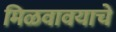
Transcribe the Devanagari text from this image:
मिळवावयाचे